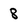
Character: 8